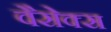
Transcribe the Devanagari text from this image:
वैसेक्स